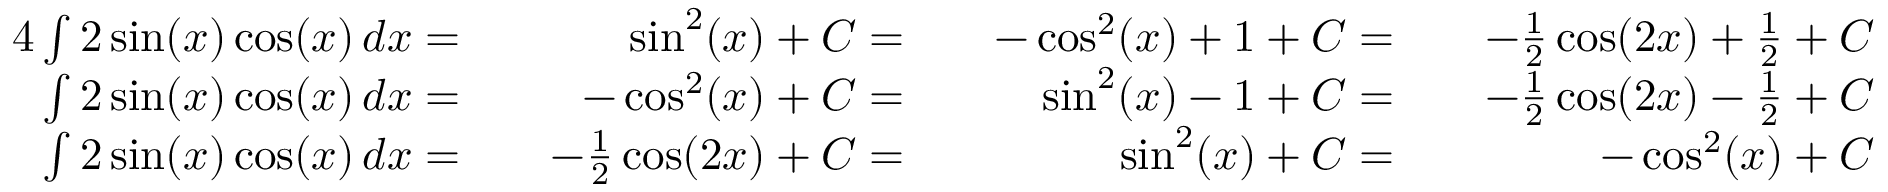
{ \begin{array} { r l r l r l r } { { 4 } \int 2 \sin ( x ) \cos ( x ) \, d x = } & { } & { \sin ^ { 2 } ( x ) + C = } & { } & { - \cos ^ { 2 } ( x ) + 1 + C = } & { } & { - { \frac { 1 } { 2 } } \cos ( 2 x ) + { \frac { 1 } { 2 } } + C } \\ { \int 2 \sin ( x ) \cos ( x ) \, d x = } & { } & { - \cos ^ { 2 } ( x ) + C = } & { } & { \sin ^ { 2 } ( x ) - 1 + C = } & { } & { - { \frac { 1 } { 2 } } \cos ( 2 x ) - { \frac { 1 } { 2 } } + C } \\ { \int 2 \sin ( x ) \cos ( x ) \, d x = } & { } & { - { \frac { 1 } { 2 } } \cos ( 2 x ) + C = } & { } & { \sin ^ { 2 } ( x ) + C = } & { } & { - \cos ^ { 2 } ( x ) + C } \end{array} }